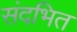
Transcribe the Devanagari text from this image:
संदभित